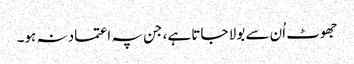
جھوٹ اُن سے بولا جاتا ہے، جن پہ اعتماد نہ ہو۔